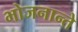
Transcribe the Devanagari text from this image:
भोजनान्ते